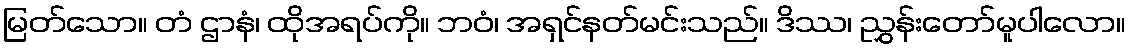
မြတ်သော။ တံ ဌာနံ၊ ထိုအရပ်ကို။ ဘဝံ၊ အရှင်နတ်မင်းသည်။ ဒိဿ၊ ညွှန်းတော်မူပါလော။